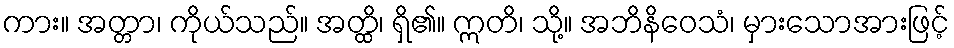
ကား။ အတ္တာ၊ ကိုယ်သည်။ အတ္ထိ၊ ရှိ၏။ ဣတိ၊ သို့။ အဘိနိဝေသံ၊ မှားသောအားဖြင့်